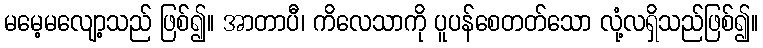
မမေ့မလျော့သည် ဖြစ်၍။ အာတာပီ၊ ကိလေသာကို ပူပန်စေတတ်သော လုံ့လရှိသည်ဖြစ်၍။